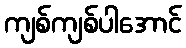
ကျစ်ကျစ်ပါအောင်